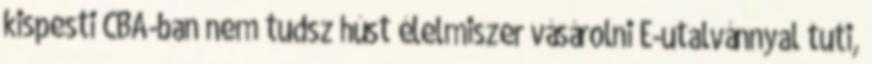
kispesti CBA-ban nem tudsz húst élelmiszer vásárolni E-utalvánnyal tuti,